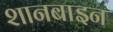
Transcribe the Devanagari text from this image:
शानबाइन